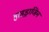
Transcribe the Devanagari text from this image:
हाइड्राजिन